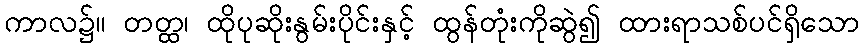
ကာလ၌။ တတ္ထ၊ ထိုပုဆိုးနွမ်းပိုင်းနှင့် ထွန်တုံးကိုဆွဲ၍ ထားရာသစ်ပင်ရှိသော